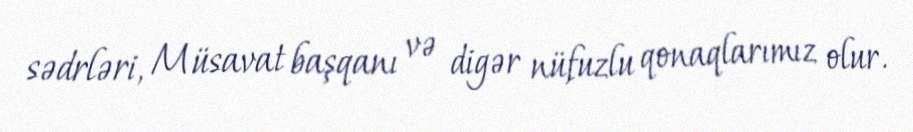
sədrləri, Müsavat başqanı və digər nüfuzlu qonaqlarımız olur.